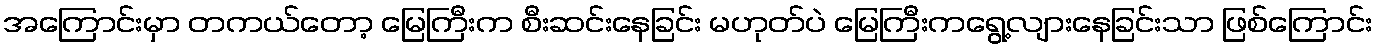
အကြောင်းမှာ တကယ်တော့ မြေကြီးက စီးဆင်းနေခြင်း မဟုတ်ပဲ မြေကြီးကရွေ့လျားနေခြင်းသာ ဖြစ်ကြောင်း